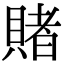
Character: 賭